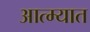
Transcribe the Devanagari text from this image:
आत्म्यात